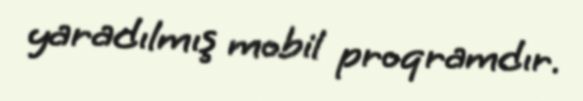
yaradılmış mobil proqramdır.